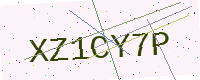
Text: XZ1CY7P